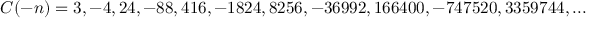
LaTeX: C ( - n ) = 3 , - 4 , 2 4 , - 8 8 , 4 1 6 , - 1 8 2 4 , 8 2 5 6 , - 3 6 9 9 2 , 1 6 6 4 0 0 , - 7 4 7 5 2 0 , 3 3 5 9 7 4 4 , . . .